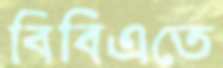
বিবিএতে